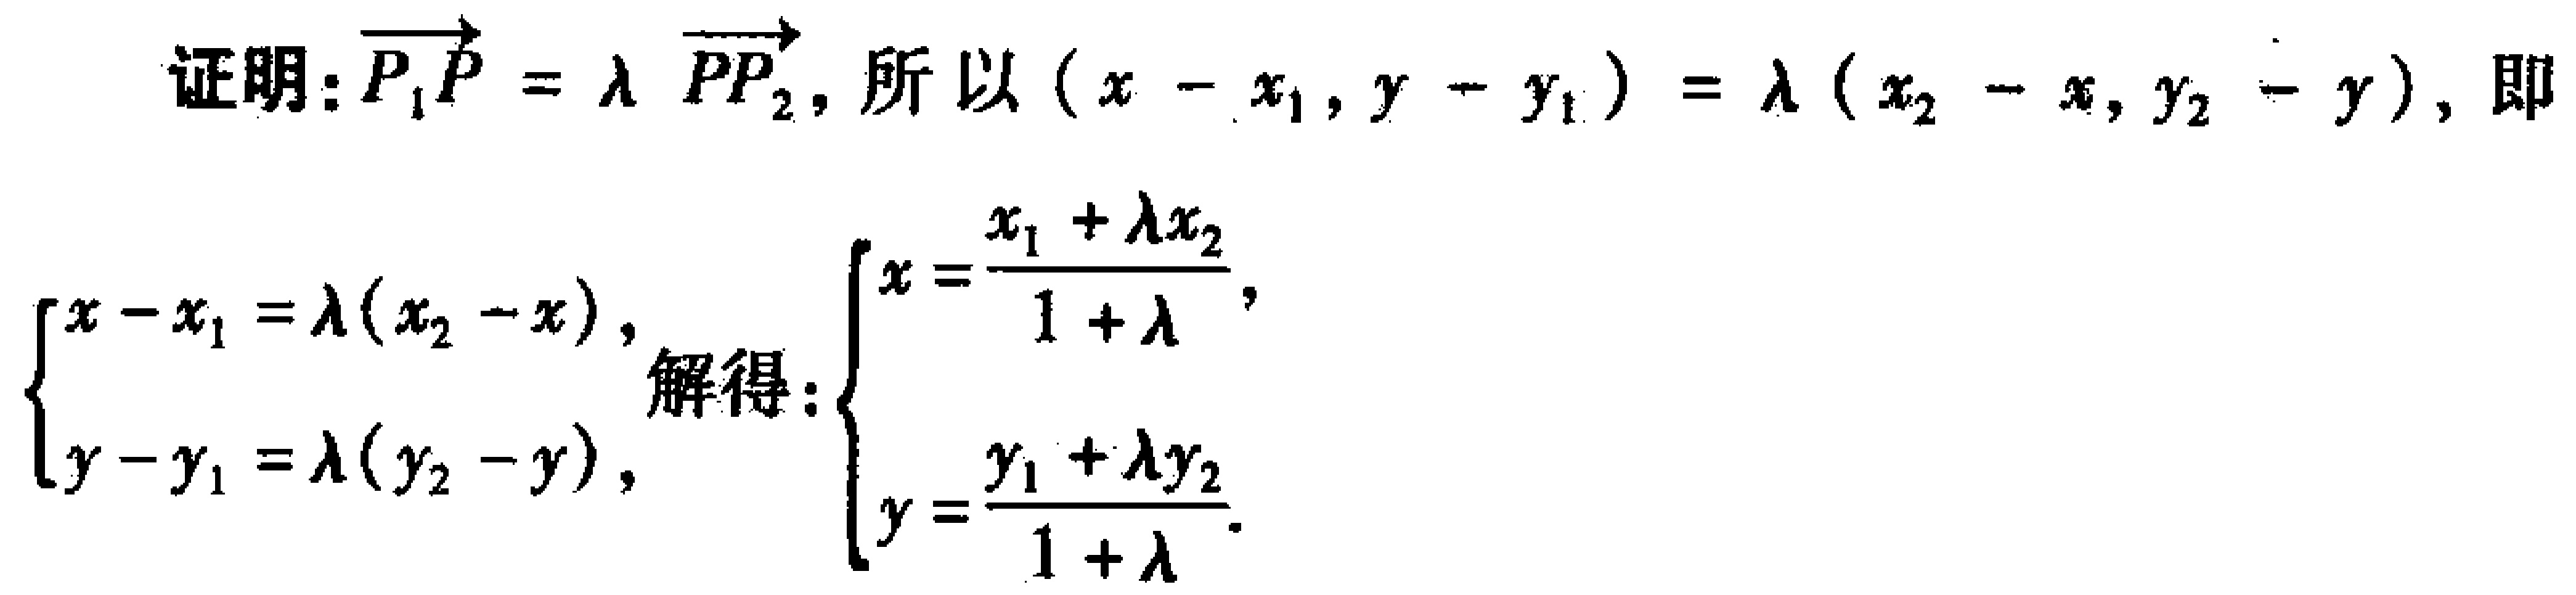
证明：\(\overrightarrow{P_{1}P} = \lambda \overrightarrow{PP_{2}}\)，所以\((x - x_{1}, y - y_{1}) = \lambda (x_{2} - x, y_{2} - y)\)，即
\(\begin{cases}
x - x_{1} = \lambda (x_{2} - x), \\
y - y_{1} = \lambda (y_{2} - y),
\end{cases}\)解得：\(\begin{cases}
x = \dfrac{x_{1} + \lambda x_{2}}{1 + \lambda}, \\
y = \dfrac{y_{1} + \lambda y_{2}}{1 + \lambda}.
\end{cases}\)